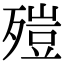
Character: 㱯